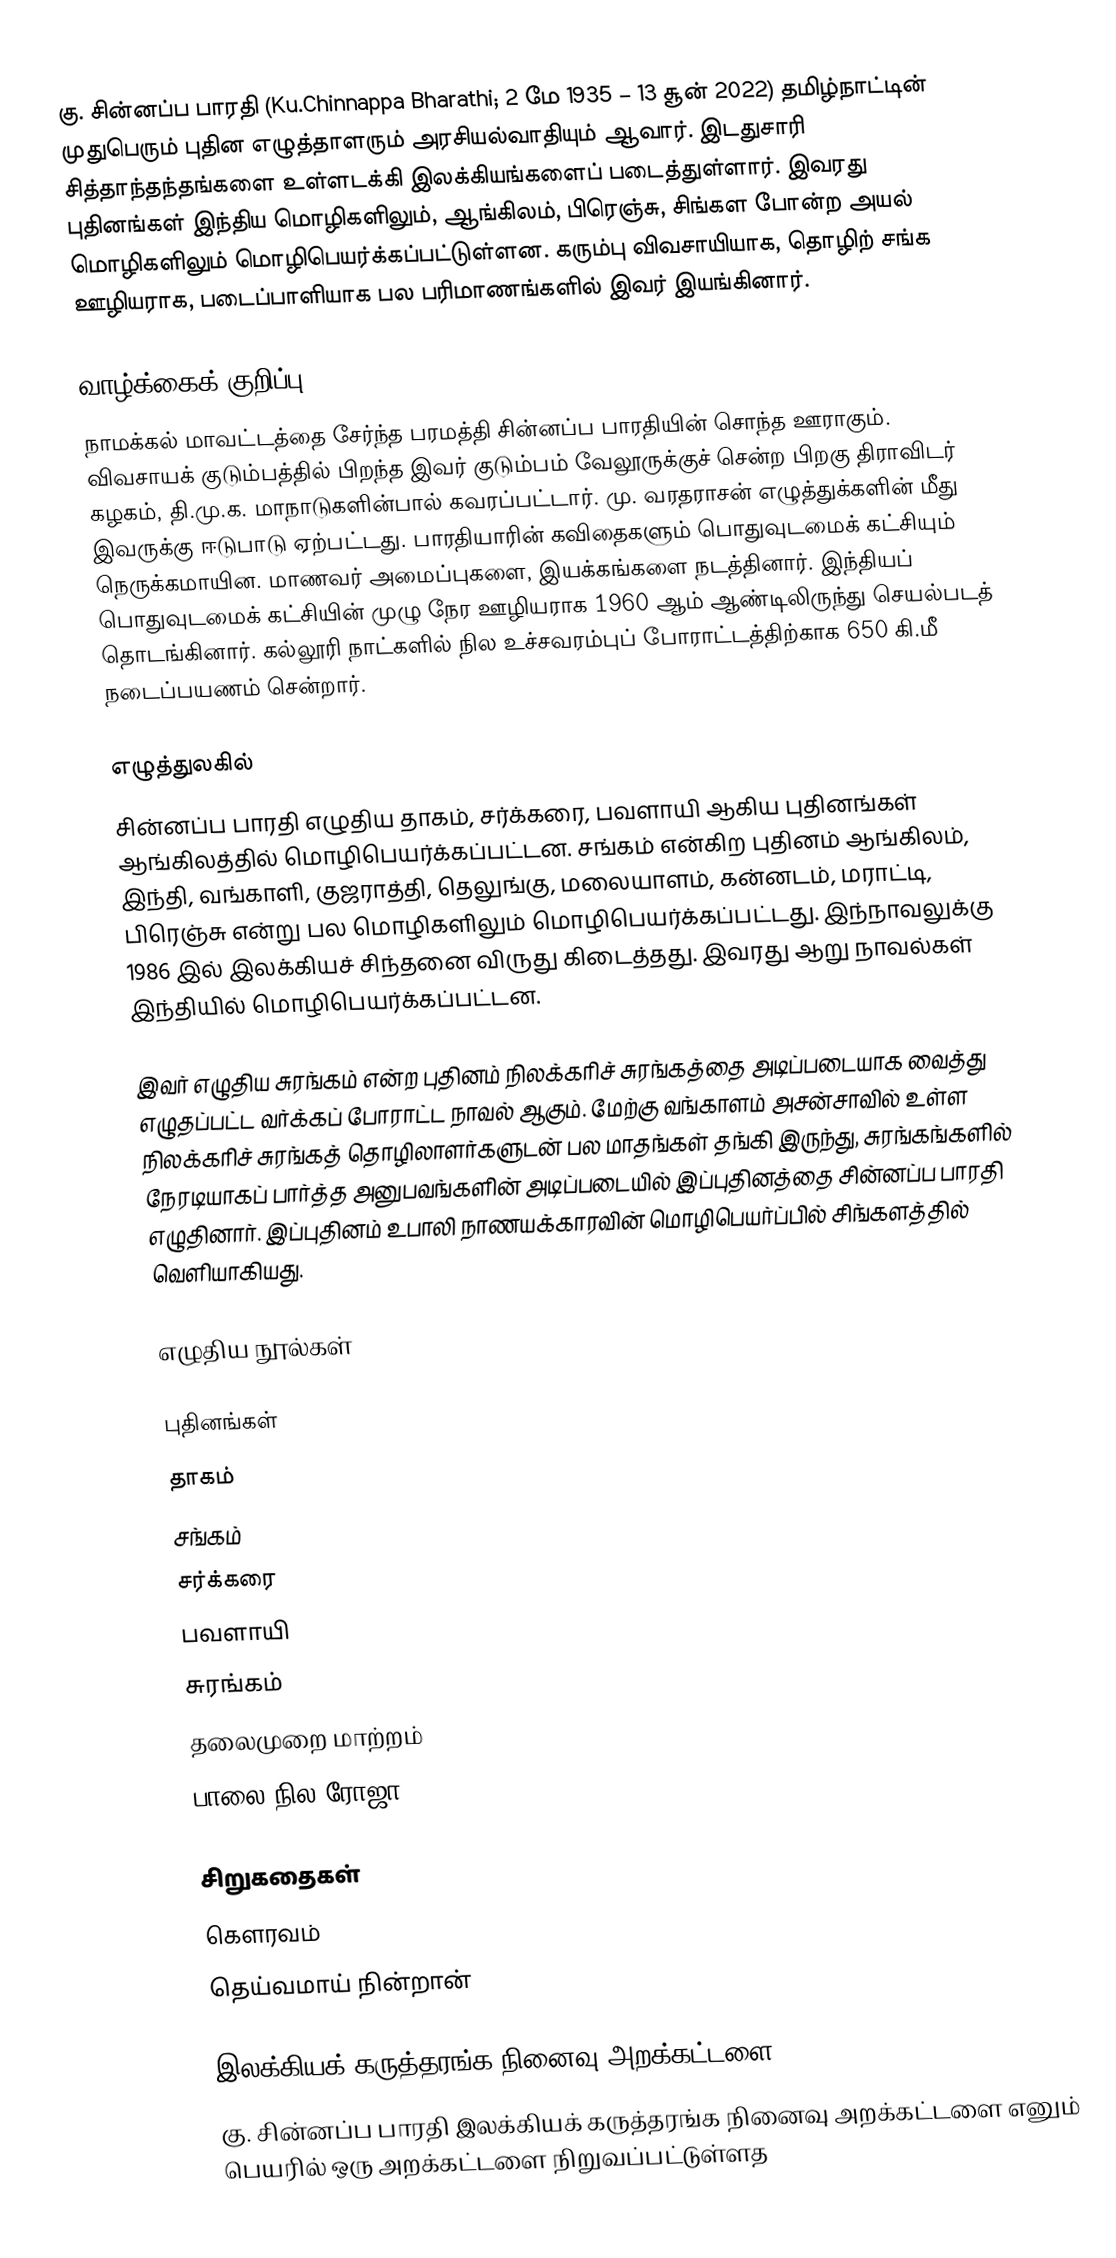
கு. சின்னப்ப பாரதி (Ku.Chinnappa Bharathi; 2 மே 1935 – 13 சூன் 2022) தமிழ்நாட்டின் முதுபெரும் புதின எழுத்தாளரும் அரசியல்வாதியும் ஆவார். இடதுசாரி சித்தாந்தந்தங்களை உள்ளடக்கி இலக்கியங்களைப் படைத்துள்ளார். இவரது புதினங்கள் இந்திய மொழிகளிலும், ஆங்கிலம், பிரெஞ்சு, சிங்கள போன்ற அயல் மொழிகளிலும் மொழிபெயர்க்கப்பட்டுள்ளன. கரும்பு விவசாயியாக, தொழிற் சங்க ஊழியராக, படைப்பாளியாக பல பரிமாணங்களில் இவர் இயங்கினார்.

வாழ்க்கைக் குறிப்பு
நாமக்கல் மாவட்டத்தை சேர்ந்த பரமத்தி சின்னப்ப பாரதியின் சொந்த ஊராகும். விவசாயக் குடும்பத்தில் பிறந்த இவர் குடும்பம் வேலூருக்குச் சென்ற பிறகு திராவிடர் கழகம், தி.மு.க. மாநாடுகளின்பால் கவரப்பட்டார். மு. வரதராசன் எழுத்துக்களின் மீது இவருக்கு ஈடுபாடு ஏற்பட்டது. பாரதியாரின் கவிதைகளும் பொதுவுடமைக் கட்சியும் நெருக்கமாயின. மாணவர் அமைப்புகளை, இயக்கங்களை நடத்தினார். இந்தியப் பொதுவுடமைக் கட்சியின் முழு நேர ஊழியராக 1960 ஆம் ஆண்டிலிருந்து செயல்படத் தொடங்கினார். கல்லூரி நாட்களில் நில உச்சவரம்புப் போராட்டத்திற்காக 650 கி.மீ நடைப்பயணம் சென்றார்.

எழுத்துலகில்
சின்னப்ப பாரதி எழுதிய தாகம், சர்க்கரை, பவளாயி ஆகிய புதினங்கள் ஆங்கிலத்தில் மொழிபெயர்க்கப்பட்டன. சங்கம் என்கிற புதினம் ஆங்கிலம், இந்தி, வங்காளி, குஜராத்தி, தெலுங்கு, மலையாளம், கன்னடம், மராட்டி, பிரெஞ்சு என்று பல மொழிகளிலும் மொழிபெயர்க்கப்பட்டது. இந்நாவலுக்கு 1986 இல் இலக்கியச் சிந்தனை விருது கிடைத்தது. இவரது ஆறு நாவல்கள் இந்தியில் மொழிபெயர்க்கப்பட்டன.

இவர் எழுதிய சுரங்கம் என்ற புதினம் நிலக்கரிச் சுரங்கத்தை அடிப்படையாக வைத்து எழுதப்பட்ட வர்க்கப் போராட்ட நாவல் ஆகும். மேற்கு வங்காளம் அசன்சாவில் உள்ள நிலக்கரிச் சுரங்கத் தொழிலாளர்களுடன் பல மாதங்கள் தங்கி இருந்து, சுரங்கங்களில் நேரடியாகப் பார்த்த அனுபவங்களின் அடிப்படையில் இப்புதினத்தை சின்னப்ப பாரதி எழுதினார். இப்புதினம் உபாலி நாணயக்காரவின் மொழிபெயர்ப்பில் சிங்களத்தில் வெளியாகியது.

எழுதிய நூல்கள்

புதினங்கள்
 தாகம்
 சங்கம்
 சர்க்கரை
 பவளாயி
 சுரங்கம்
 தலைமுறை மாற்றம்
 பாலை நில ரோஜா

சிறுகதைகள்
 கௌரவம்
 தெய்வமாய் நின்றான்

இலக்கியக் கருத்தரங்க நினைவு அறக்கட்டளை
கு. சின்னப்ப பாரதி இலக்கியக் கருத்தரங்க நினைவு அறக்கட்டளை எனும் பெயரில் ஒரு அறக்கட்டளை நிறுவப்பட்டுள்ளத